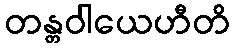
တန္တဝါယေဟီတိ